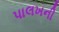
પાલખની